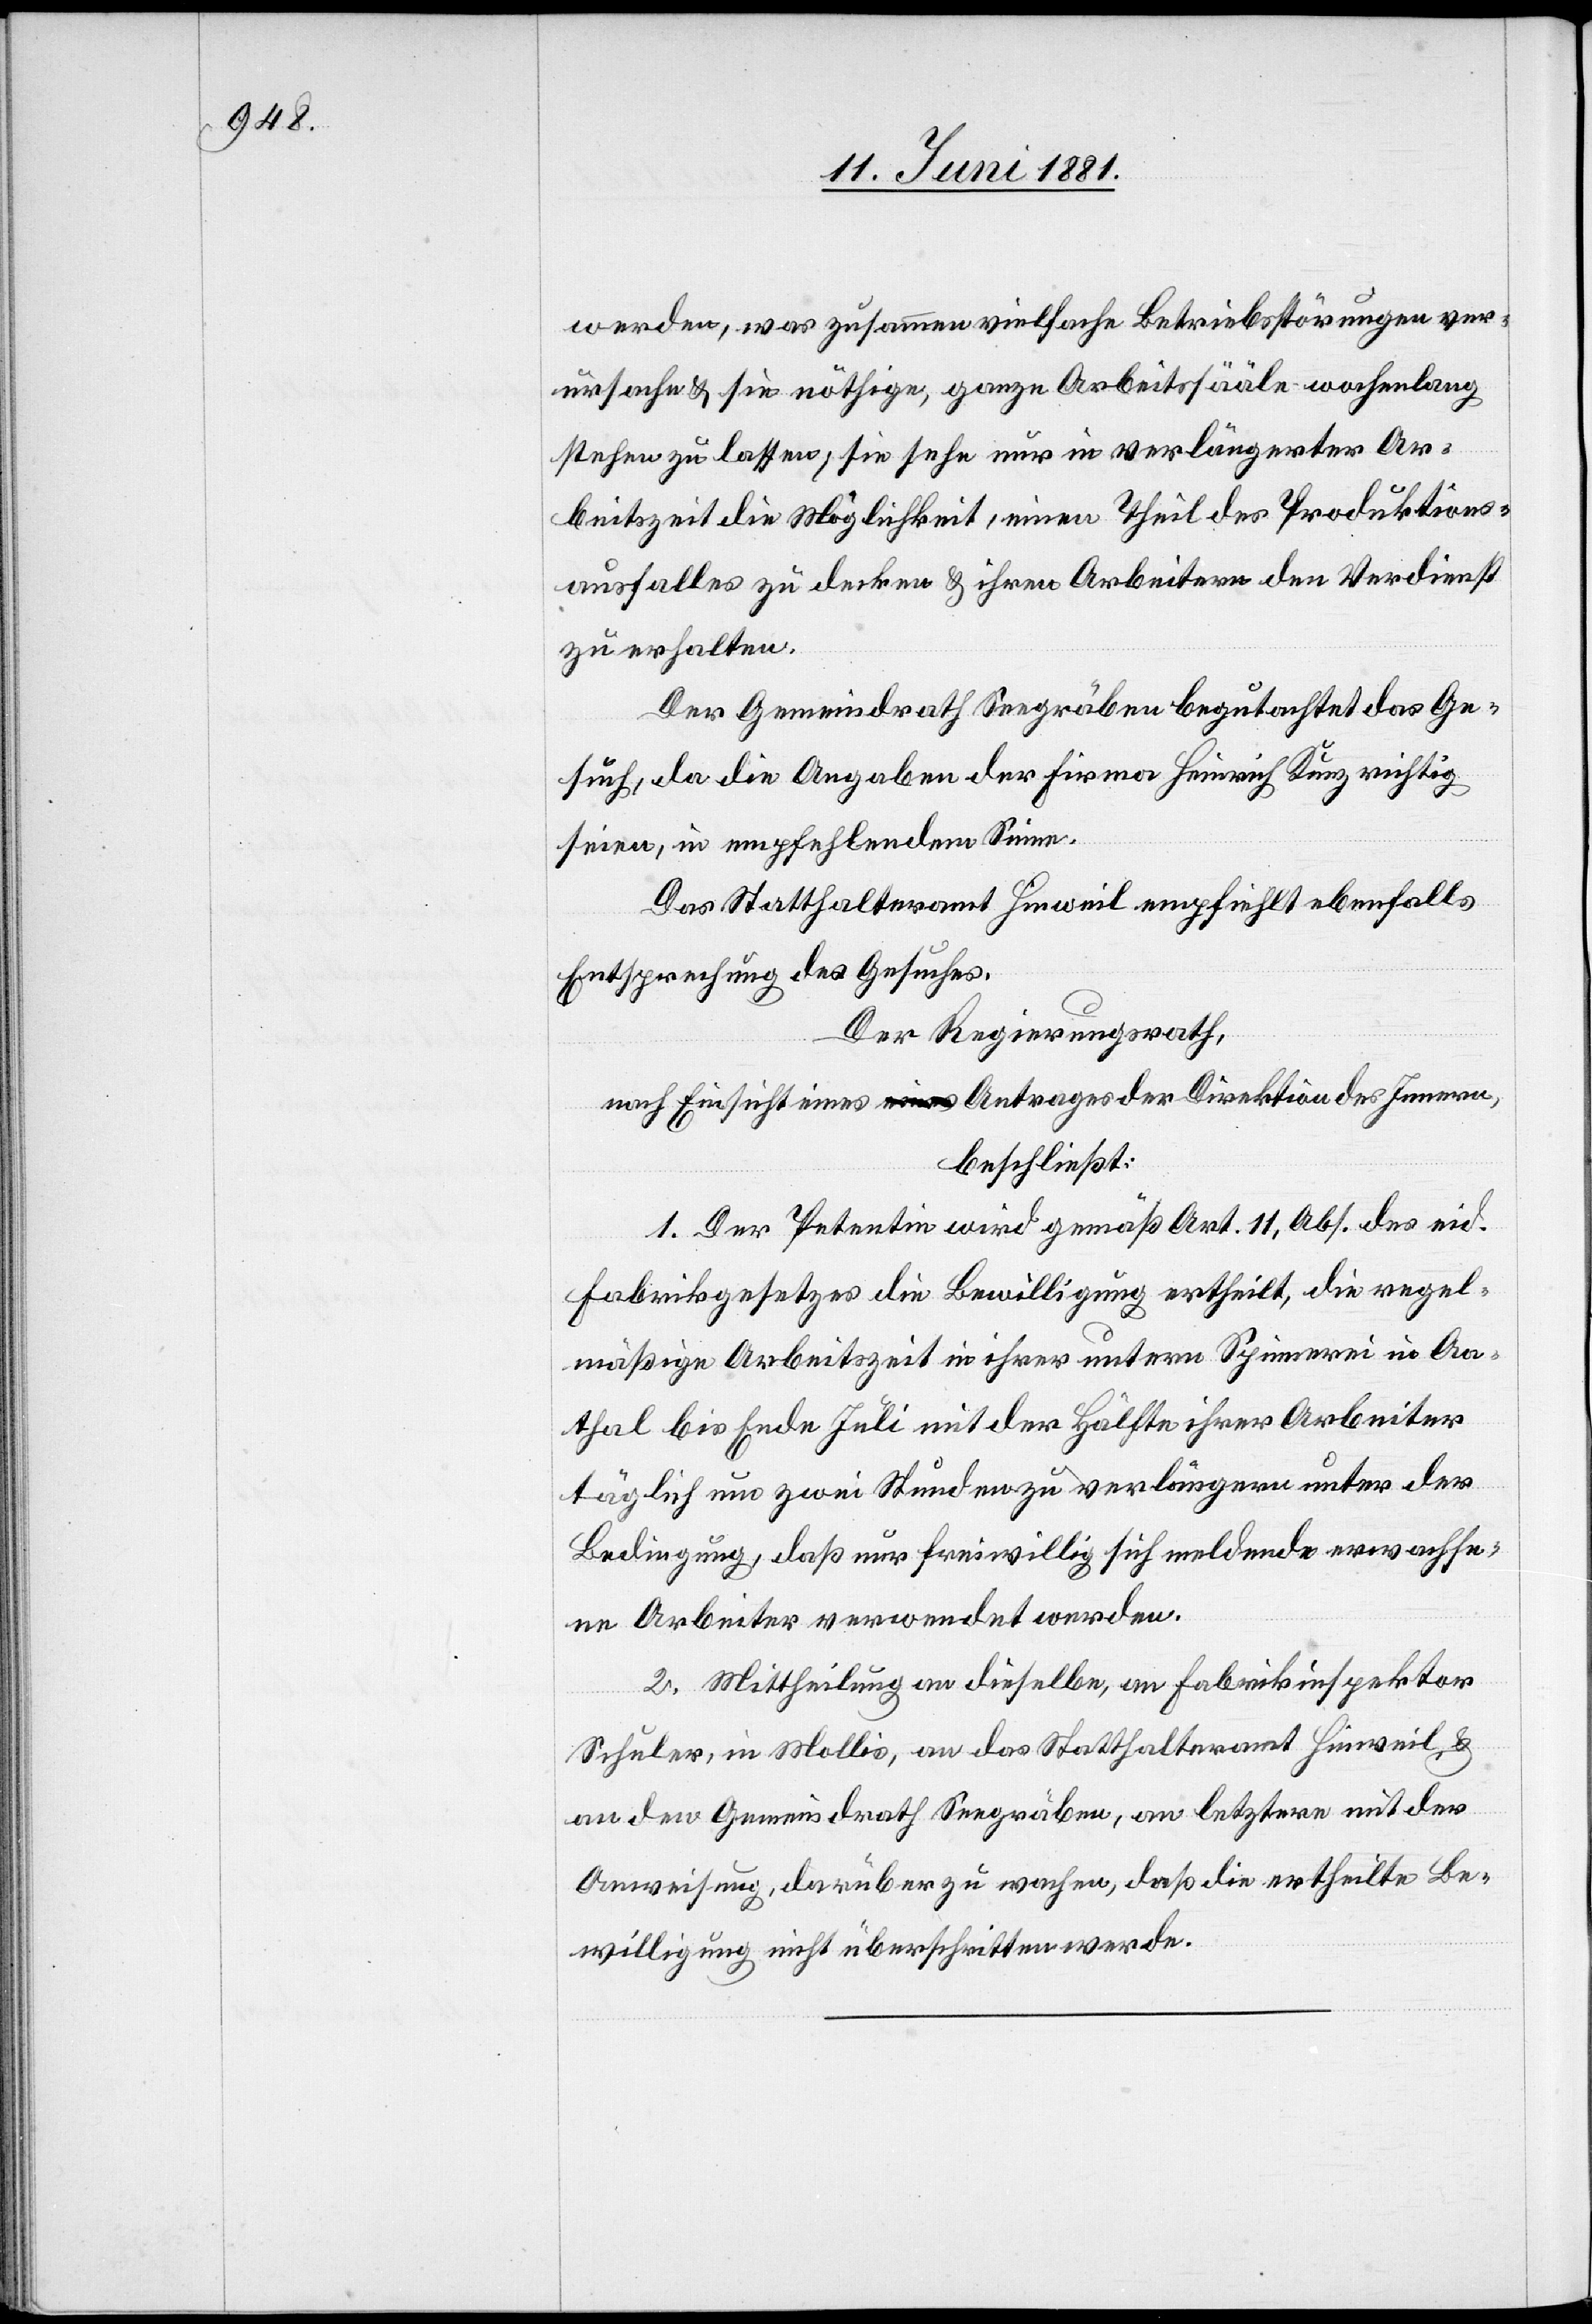
werden, was zusammen vielfache Betriebsstörungen ver¬
ursache & sie nöthige, ganze Arbeitssääle wochenlang
stehen zu lassen; sie sehe nur in verlängerter Ar¬
beitszeit die Möglichkeit, einen Theil des Produktions¬
ausfalles zu decken & ihren Arbeitern den Verdienst
zu erhalten.
Der Gemeindrath Seegräben begutachtet das Ge¬
such, da die Angaben der Firma Heinrich Kunz richtig
seien, in empfehlendem Sinne.
Das Statthalteramt Hinweil empfiehlt ebenfalls
Entsprechung des Gesuches.
Der Regierungsrath,
nach Einsicht eines Antrages der Direktion des Innern,
beschließt:
1. Der Petentin wird gemäß Art. 11, Abs. des eid.
Fabrikgesetzes die Bewilligung ertheilt, die regel¬
mäßige Arbeitszeit in ihrer untern Spinnerei in Aa¬
thal bis Ende Juli mit der Hälfte ihrer Arbeiter
täglich um zwei Stunden zu verlängern unter der
Bedingung, daß nur freiwillig sich meldende erwachse¬
ne Arbeiter verwendet werden.
2. Mittheilung an dieselbe, an Fabrikinspektor
Schuler, in Mollis, an das Statthalteramt Hinweil &
an den Gemeindrath Seegräben, an letztern mit der
Anweisung, darüber zu wachen, daß die ertheilte Be¬
willigung nicht überschritten werde.